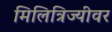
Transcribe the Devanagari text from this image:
मिलित्रिज्यीवर